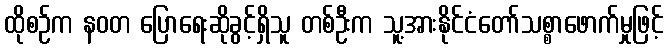
ထိုစဉ်က နဝတ ပြောရေးဆိုခွင့်ရှိသူ တစ်ဦးက သူ့အားနိုင်ငံတော်သစ္စာဖောက်မှုဖြင့်